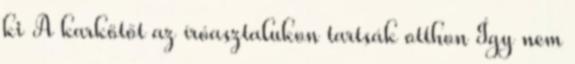
ki A karkötőt az íróasztalukon tartsák otthon Így nem